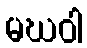
မဃဝါ